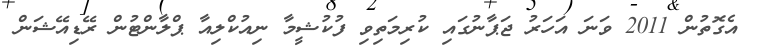
އެގޮތުން 2011 ވަނަ އަހަރު ޖަޕާނުގައި ކުރިމަތިވި ފުކުޝީމާ ނިއުކްލިއާ ޕްލާންޓުން ރޭޑިއޭޝަން